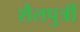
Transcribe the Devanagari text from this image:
शैलपुत्रीं